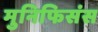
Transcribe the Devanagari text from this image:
मुनिफिसंस